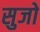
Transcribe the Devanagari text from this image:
सुजो